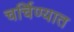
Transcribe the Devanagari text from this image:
चर्चिण्यात